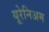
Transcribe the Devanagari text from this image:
यूरेनिअम